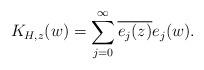
LaTeX: \begin{align*}K_{H,z}(w)=\sum_{j=0}^\infty\overline{e_j(z)}e_j(w).\end{align*}